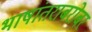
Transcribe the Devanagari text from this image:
भाषांतराबरोबर